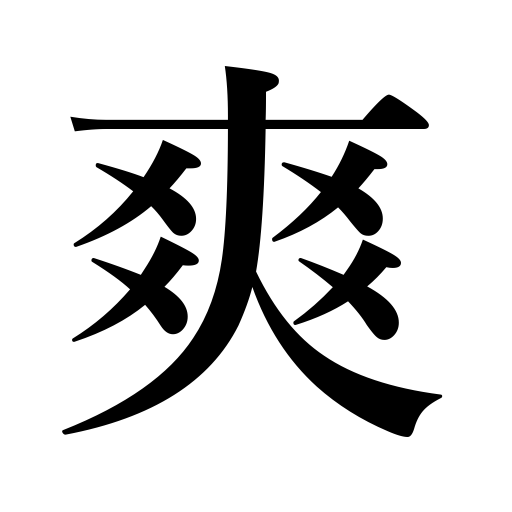
Meanings: bracing,clear,refreshing,fluent,resonant,sweetvoice